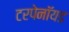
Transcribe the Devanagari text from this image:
टरपेनॉयड